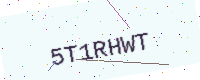
Text: 5T1RHWT